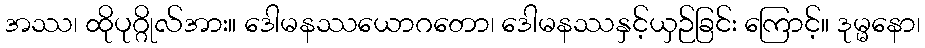
အဿ၊ ထိုပုဂ္ဂိုလ်အား။ ဒေါမနဿယောဂတော၊ ဒေါမနဿနှင့်ယှဉ်ခြင်း ကြောင့်။ ဒုမ္မနော၊